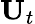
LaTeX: \textbf{U}_{t}